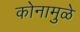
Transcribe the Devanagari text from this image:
कोनामुळे